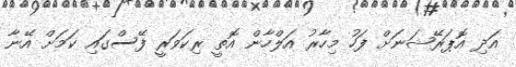
އަދި އޮޕަރޭޝަނަށް ފަހު މިހާރު އަލްހާން އޮތީ ރިކަވަރީ ފޭސްގައި ކަމަށް އޭނާ